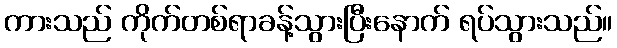
ကားသည် ကိုက်တစ်ရာခန့်သွားပြီးနောက် ရပ်သွားသည်။